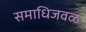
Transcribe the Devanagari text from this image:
समाधिजवळ